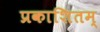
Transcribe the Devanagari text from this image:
प्रकाशितम्